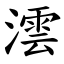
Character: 澐